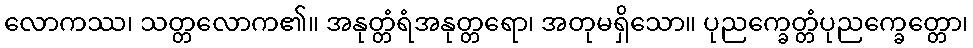
လောကဿ၊ သတ္တလောက၏။ အနုတ္တံရံအနုတ္တရော၊ အတုမရှိသော။ ပုညက္ခေတ္တံပုညက္ခေတ္တော၊